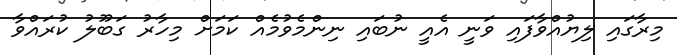
މިރާގައި ލިޔުއްވާފައި ވަނީ އެއީ ނުބައި ނިންމެވުމެއް ކަމަށް މިހާރު ގަބޫލު ކުރައްވާ